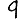
Digit: 9